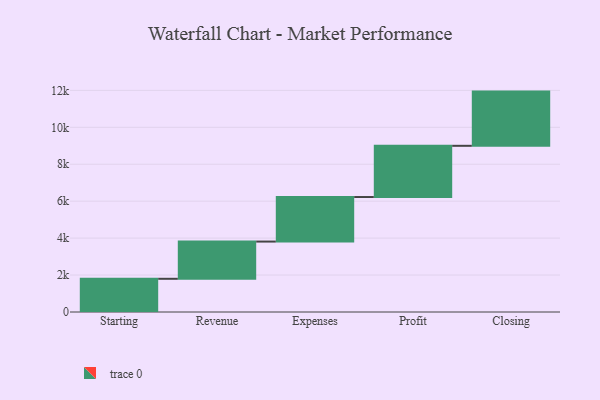
{"axis": {"x": "Step", "y": "Value"}, "legend": [""], "data": [{"x": "Starting", "y": 1798.0, "type": ""}, {"x": "Revenue", "y": 2015.0, "type": ""}, {"x": "Expenses", "y": 2412.0, "type": ""}, {"x": "Profit", "y": 2773.0, "type": ""}, {"x": "Closing", "y": 2935.0, "type": ""}]}